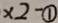
\times 2 - \textcircled { 1 }